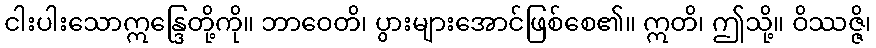
ငါးပါးသောဣန္ဒြေတို့ကို။ ဘာဝေတိ၊ ပွားများအောင်ဖြစ်စေ၏။ ဣတိ၊ ဤသို့။ ဝိဿဇ္ဇိ၊